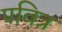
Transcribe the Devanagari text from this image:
पवित्र